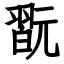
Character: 翫